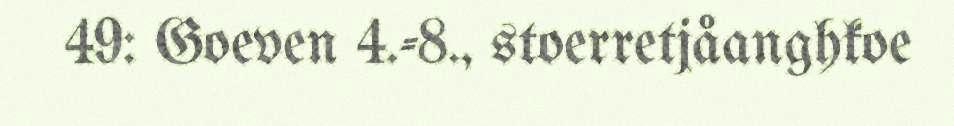
49: Goeven 4.-8., stoerretjåanghkoe